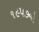
૧૯૫૭નો